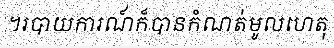
។របាយការណ៍ក៏បានកំណត់មូលហេតុ